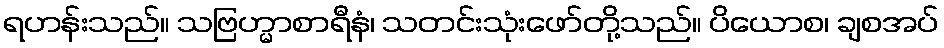
ရဟန်းသည်။ သဗြဟ္မာစာရီနံ၊ သတင်းသုံးဖော်တို့သည်။ ပိယောစ၊ ချစအပ်